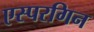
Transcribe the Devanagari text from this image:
एस्परगिन